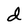
Character: d